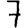
Digit: 7